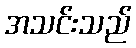
အသင်းသည်